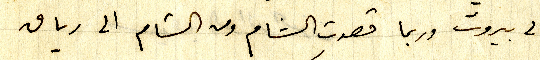
الى بيروت وربما قصدت الشام ومن الشام الى رياق